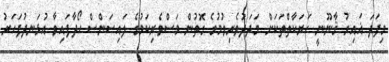
މިފަދަ ޣައިރު ޤާނޫނީ ހަރަކާތްތަކަށް މަދަދުވެރިވުމުގެ ގޮތުން މަސްވެރިކަމުގެ ލައިސަންސް ހޯދާފައިވާ އުޅަނދުފަހަރު